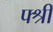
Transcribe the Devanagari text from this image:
फ्श्री